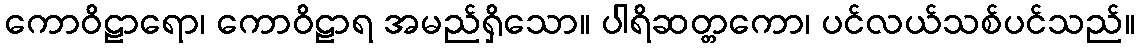
ကောဝိဠာရော၊ ကောဝိဠာရ အမည်ရှိသော။ ပါရိဆတ္တကော၊ ပင်လယ်သစ်ပင်သည်။